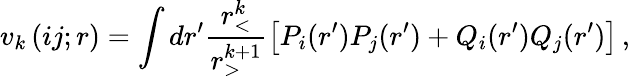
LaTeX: v_{k}\left(ij;r\right)=\int dr^{\prime}\frac{r_{<}^{k}}{r_{>}^{k+1}}\left[P_{i}(r^{\prime})P_{j}(r^{\prime})+Q_{i}(r^{\prime})Q_{j}(r^{\prime})\right]\, ,